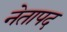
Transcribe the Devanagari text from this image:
नेतापद